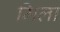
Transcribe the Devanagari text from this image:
मिला